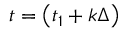
t = \left( t _ { 1 } + k \Delta \right)